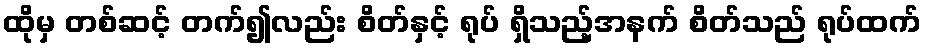
ထိုမှ တစ်ဆင့် တက်၍လည်း စိတ်နှင့် ရုပ် ရှိသည့်အနက် စိတ်သည် ရုပ်ထက်